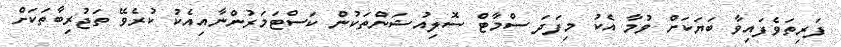
ފަރިތަވެފައިވާ ބަޔަކަށް ވުމާ އެކު މިފަދަ ސްމާޓް ސޮލިއުޝަންތަކުން ކަސްޓަމަރުންނާއިއެކު ކުރެވޭ ތަޖުރިބާތަކަށް